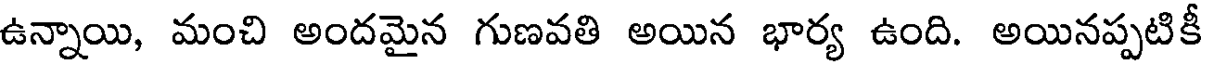
ఉన్నాయి, మంచి అందమైన గుణవతి అయిన భార్య ఉంది. అయినప్పటికీ